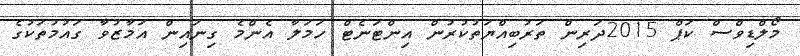
މޯލްޑިވްސް ކަޕް 2015ދަރިން ތަރުބިއްޔަތުކުރުން އިންޓަނެޓް ހަމަލާ އެންމެ ގިނައިން އަމާޒުވާ ގައުމުތަކުގެ